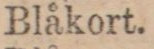
Blåkort.